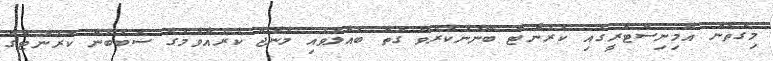
މިގޮތުން އެމިނިސްޓްރީގައި ކަރަންޓް ބޭނުންކުރެވޭ ގޮތް ބައްލަވައި މެނެޖް ކުރެއްވުމުގެ ސަބަބުން ކަރަންޓްގެ